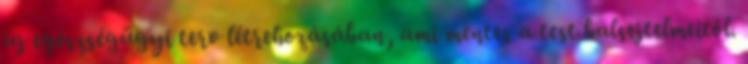
új egészségügyi terv létrehozásában, ami mentes a test balsejtelmeitől.